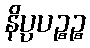
နိပ္ပပဉ္စဉ္စ